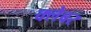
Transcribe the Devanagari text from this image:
क्लेबर